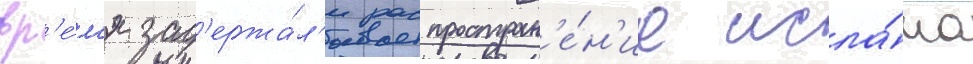
вр'е́м'я зад'ержа́л'и распростран'е́н'ие исла́ма